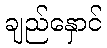
ချည်နှောင်